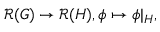
{ \mathcal { R } } ( G ) \to { \mathcal { R } } ( H ) , \phi \mapsto \phi | _ { H } ,